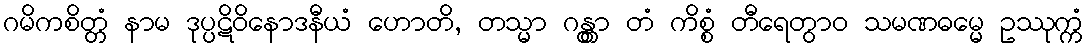
ဂမိကစိတ္တံ နာမ ဒုပ္ပဋိဝိနောဒနီယံ ဟောတိ, တသ္မာ ဂန္တွာ တံ ကိစ္စံ တီရေတွာဝ သမဏဓမ္မေ ဥဿုက္ကံ